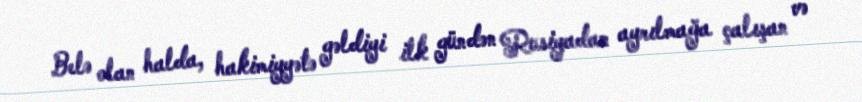
Belə olan halda, hakimiyyətə gəldiyi ilk gündən Rusiyadan ayrılmağa çalışan və